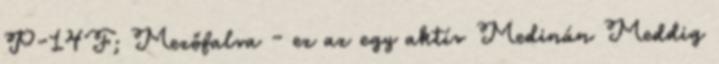
P-14F; Mezőfalva - ez az egy aktív Medinán Meddig